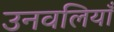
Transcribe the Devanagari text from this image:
उनवलियाँ